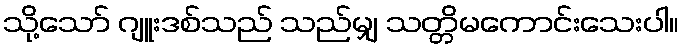
သို့သော် ဂျူးဒစ်သည် သည်မျှ သတ္တိမကောင်းသေးပါ။